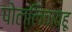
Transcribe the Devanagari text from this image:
पोल्लिचात्हू